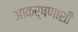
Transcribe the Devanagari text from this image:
आकर्षणाशी